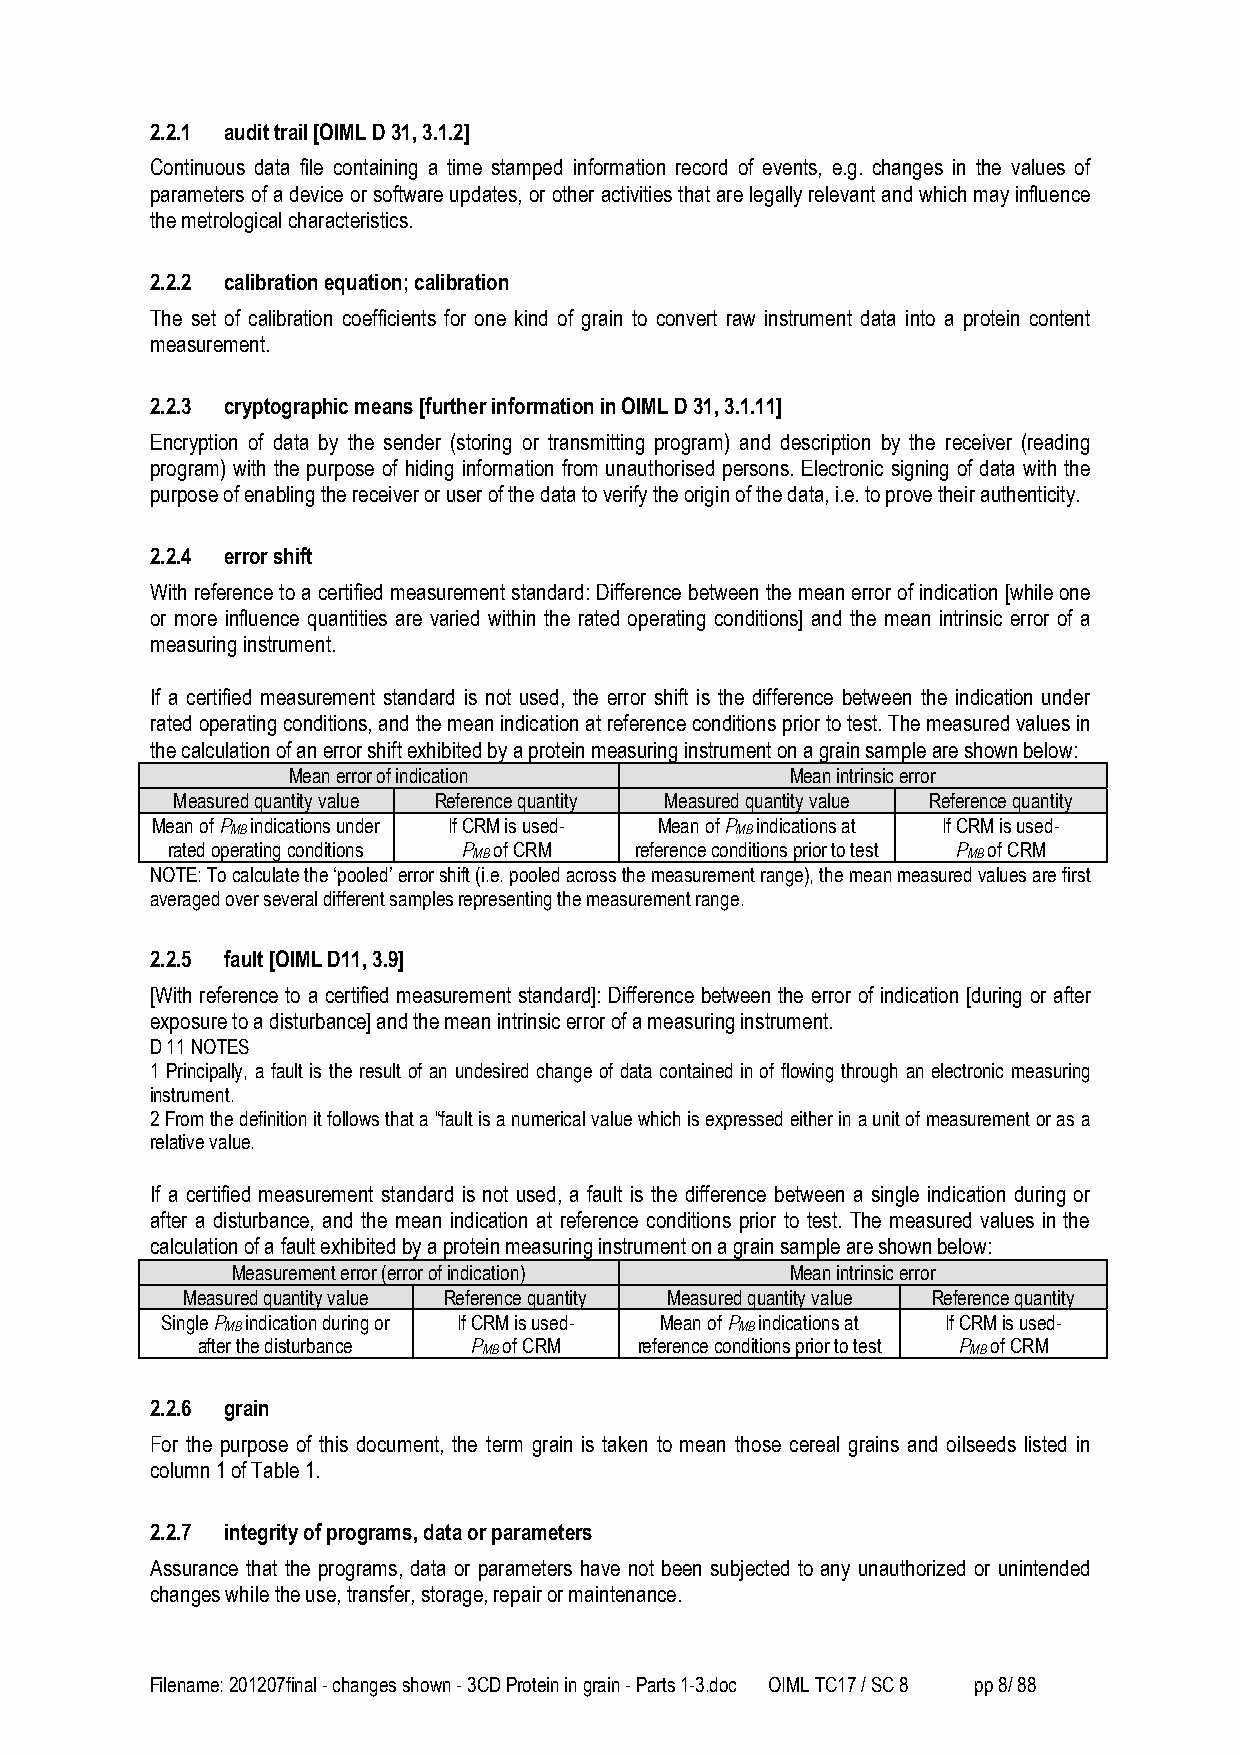
2.2.1 audit trail [OIML D 31, 3.1.2]
 Continuous data file containing a time stamped information record of events, e.g. changes in the values of
 parameters of a device or software updates, or other activities that are legally relevant and which may influence
 the metrological characteristics.
 2.2.2 calibration equation; calibration
 The set of calibration coefficients for one kind of grain to convert raw instrument data into a protein content
 measurement.
 2.2.3 cryptographic means [further information in OIML D 31, 3.1.11]
 Encryption of data by the sender (storing or transmitting program) and description by the receiver (reading
 program) with the purpose of hiding information from unauthorised persons. Electronic signing of data with the
 purpose of enabling the receiver or user of the data to verify the origin of the data, i.e. to prove their authenticity.
 2.2.4 error shift
 With reference to a certified measurement standard: Difference between the mean error of indication [while one
 or more influence quantities are varied within the rated operating conditions] and the mean intrinsic error of a
 measuring instrument.
 If a certified measurement standard is not used, the error shift is the difference between the indication under
 rated operating conditions, and the mean indication at reference conditions prior to test. The measured values in
 the calculation of an error shift exhibited by a protein measuring instrument on a grain sample are shown below:
 Mean error of indication         Mean intrinsic error
 Measured quantity value Reference quantity Measured quantity value Reference quantity
 Mean of P indications under If CRM is used- Mean of P indications at If CRM is used-
 MB                                MB
 rated operating conditions P of CRM reference conditions prior to test P of CRM
 MB                               MB
 NOTE: To calculate the ‘pooled’ error shift (i.e. pooled across the measurement range), the mean measured values are first
 averaged over several different samples representing the measurement range.
 2.2.5 fault [OIML D11, 3.9]
 [With reference to a certified measurement standard]: Difference between the error of indication [during or after
 exposure to a disturbance] and the mean intrinsic error of a measuring instrument.
 D 11 NOTES
 1 Principally, a fault is the result of an undesired change of data contained in of flowing through an electronic measuring
 instrument.
 2 From the definition it follows that a “fault is a numerical value which is expressed either in a unit of measurement or as a
 relative value.
 If a certified measurement standard is not used, a fault is the difference between a single indication during or
 after a disturbance, and the mean indication at reference conditions prior to test. The measured values in the
 calculation of a fault exhibited by a protein measuring instrument on a grain sample are shown below:
 Measurement error (error of indication) Mean intrinsic error
 Measured quantity value Reference quantity Measured quantity value Reference quantity
 Single P indication during or If CRM is used- Mean of P indications at If CRM is used-
 MB                                MB
 after the disturbance P of CRM reference conditions prior to test P of CRM
 MB                              MB
 2.2.6 grain
 For the purpose of this document, the term grain is taken to mean those cereal grains and oilseeds listed in
 column 1 of Table 1.
 2.2.7 integrity of programs, data or parameters
 Assurance that the programs, data or parameters have not been subjected to any unauthorized or unintended
 changes while the use, transfer, storage, repair or maintenance.
 Filename: 201207final - changes shown - 3CD Protein in grain - Parts 1-3.doc OIML TC17 / SC 8 pp 8/ 88